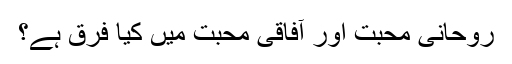
روحانی محبت اور آفاقی محبت میں کیا فرق ہے؟